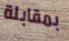
بمقابلة